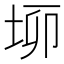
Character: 𡋫